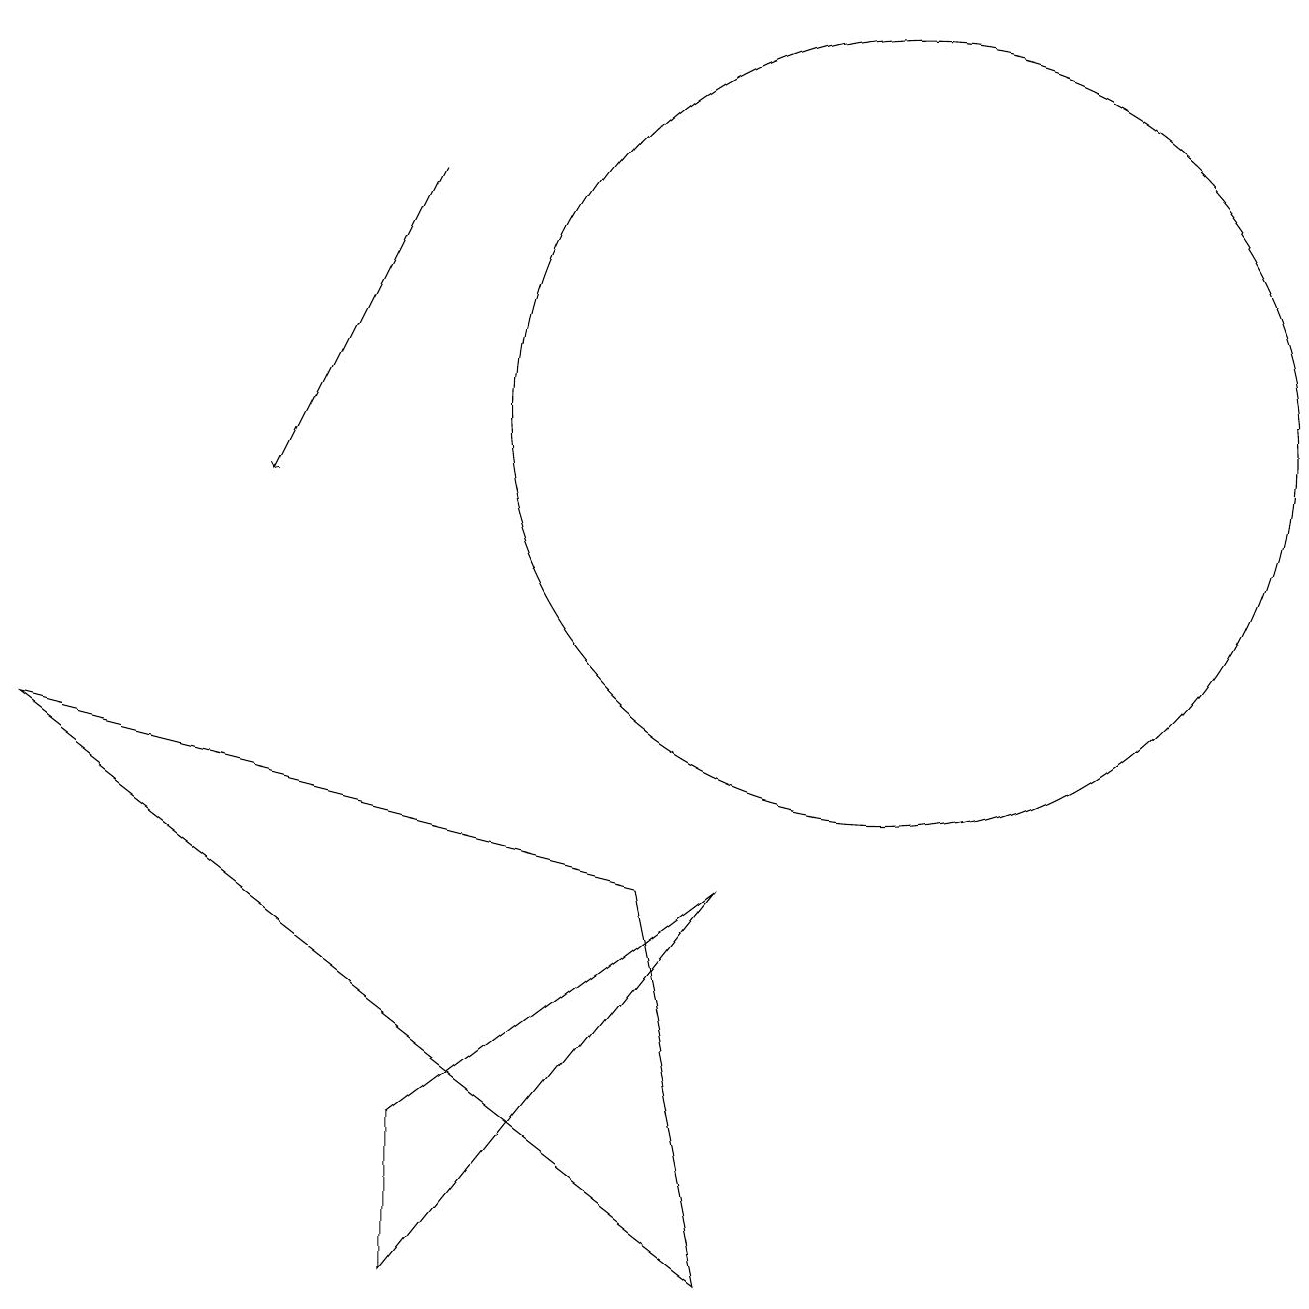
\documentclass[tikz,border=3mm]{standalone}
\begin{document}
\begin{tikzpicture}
\draw[->] (5,14) -- (3,10);
\draw (11,11) circle (5);
\draw (0,7) -- (8,5) -- (9,0) -- cycle;
\draw (9,5) -- (5,2) -- (5,0) -- cycle;
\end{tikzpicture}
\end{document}